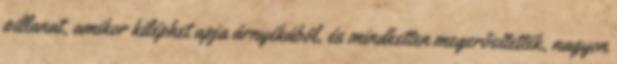
pillanat, amikor kiléphet apja árnyékából, és mindketten megerősítették, nagyon